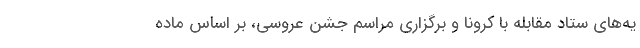
یه‌های ستاد مقابله با کرونا و برگزاری مراسم جشن عروسی، بر اساس ماده